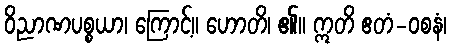
ဝိညာဏပစ္စယာ၊ ကြောင့်။ ဟောတိ၊ ၏။ ဣတိ ဧတံ-ဝစနံ၊